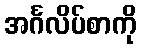
အင်္ဂလိပ်စာကို